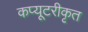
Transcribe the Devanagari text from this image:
कप्यूटरीकृत